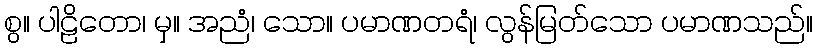
စွ။ ပါဠိတော၊ မှ။ အညံ၊ သော။ ပမာဏတရံ၊ လွန်မြတ်သော ပမာဏသည်။